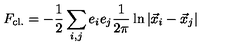
F _ { \mathrm { c l . } } = - \frac { 1 } { 2 } \sum _ { i , j } e _ { i } e _ { j } \frac { 1 } { 2 \pi } \ln \vert \vec { x } _ { i } - \vec { x } _ { j } \vert